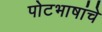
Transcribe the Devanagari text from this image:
पोटभाषांचे